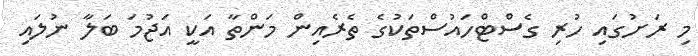
މި ރަށުގައި ހުރި ގެސްޓްހައުސްތަކުގެ ތެރެއިން މަންތާ އަކީ އަޖުމަ ބަލާ ނުލައި